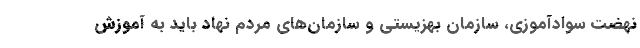
نهضت سواد‌آموزی، سازمان بهزیستی و سازمان‌های مردم نهاد باید به آموزش